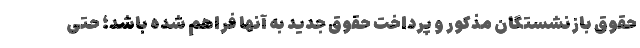
حقوق بازنشستگان مذکور و پرداخت حقوق جدید به آنها فراهم شده باشد؛ حتی